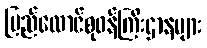
ပြည်ထောင်စုဝန်ကြီးဌာနများ